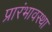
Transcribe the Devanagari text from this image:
प्रारंभावस्था